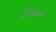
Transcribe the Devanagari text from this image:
३१७००